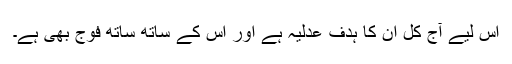
اس لیے آج کل ان کا ہدف عدلیہ ہے اور اس کے ساتھ ساتھ فوج بھی ہے۔